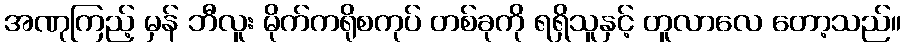
အဏုကြည့် မှန် ဘီလူး မိုက်ကရိုစကုပ် တစ်ခုကို ရရှိသူနှင့် တူလာလေ တော့သည်။